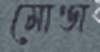
মোণ্ডা